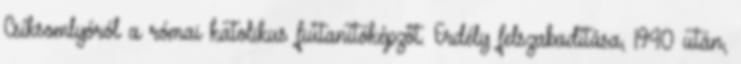
Csíksomlyóról a római katolikus fiútanítóképzőt. Erdély felszabadítása, 1940 után,